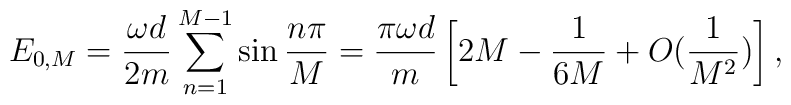
E_{0,M} = {\omega d\over 2m}\sum_{n=1}^{M-1}\sin{n\pi\over M}            = {\pi\omega d\over m}\left[{2}M              - {1\over 6M} + O({1\over M^2})\right],